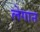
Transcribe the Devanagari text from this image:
लेगान